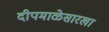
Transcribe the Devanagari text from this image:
दीपमाळेसारखा